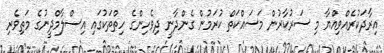
އިރާދަކުރެއްވިއްޔާ މި ސަރުކާރުން މަސައްކަތް ކުރަމުން ގެންދާނީ ދިވެހިންގެ ހިތްތަކުގައި އިސްލާމްދީނުގެ މަތިވެރި